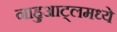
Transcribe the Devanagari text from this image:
नाहुआट्लमध्ये